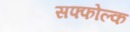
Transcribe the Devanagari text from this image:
सफ्फोल्क